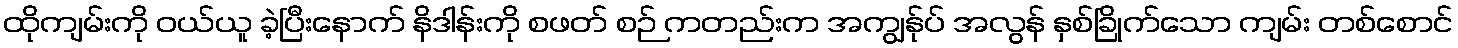
ထိုကျမ်းကို ဝယ်ယူ ခဲ့ပြီးနောက် နိဒါန်းကို စဖတ် စဉ် ကတည်းက အကျွန်ုပ် အလွန် နှစ်ခြိုက်သော ကျမ်း တစ်စောင်